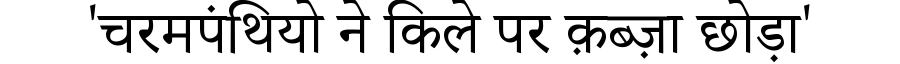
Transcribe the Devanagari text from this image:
'चरमपंथियो ने किले पर क़ब्ज़ा छोड़ा'